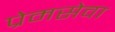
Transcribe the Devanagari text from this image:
प्रेमसेवा